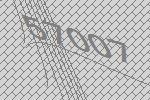
57007